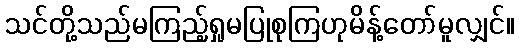
သင်တို့သည်မကြည့်ရှုမပြုစုကြဟုမိန့်တော်မူလျှင်။